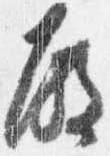
殿